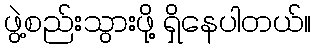
ဖွဲ့စည်းသွားဖို့ ရှိနေပါတယ်။